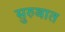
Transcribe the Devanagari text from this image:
सुरुबात